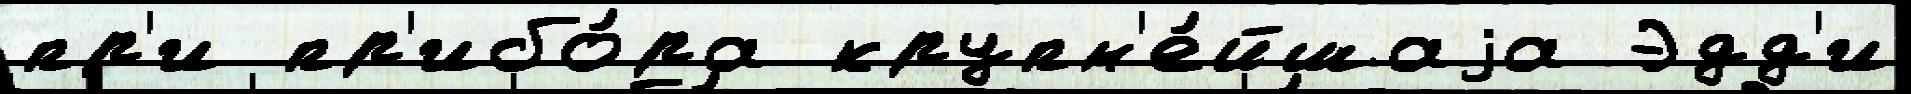
пр'и пр'ибо́ра крупн'е́йшаjа Эдд'и